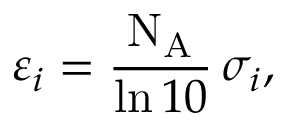
\varepsilon _ { i } = { \frac { \mathrm { N _ { A } } } { \ln { 1 0 } } } \, \sigma _ { i } ,